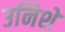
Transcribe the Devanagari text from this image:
उनिशे